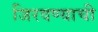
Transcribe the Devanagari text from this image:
जिरवण्याची